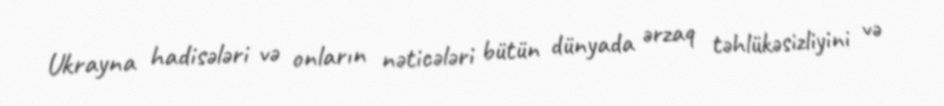
Ukrayna hadisələri və onların nəticələri bütün dünyada ərzaq təhlükəsizliyini və